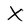
Character: X